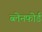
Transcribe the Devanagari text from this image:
ब्लेनफोर्ड